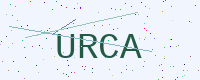
Text: URCA